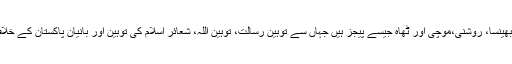
سماج کے لئے ان کارکنوں کی خدمات بھینسا، روشنی،موچی اور ٹھاہ جیسے پیجز ہیں جہاں سے توہین رسالت، توہین اللہ، شعائر اسلام کی توہین اور بانیان پاکستان کے خلاف توہین آمیز مواد کا پراپیگنڈہ کرنا ہے۔